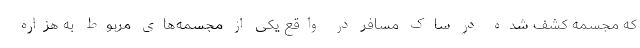
که مجسمه کشف شده در ساک مسافر در واقع یکی از مجسمه‌های مربوط به هزاره